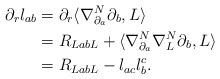
\begin{align*}\partial_r l_{ab} ={}& \partial_r\langle \nabla^N_{\partial_a} \partial_b, L \rangle \\ ={}& R_{LabL} + \langle \nabla^N_{\partial_a} \nabla^N_{L}\partial_b, L \rangle \\ ={}& R_{LabL} -l_{ac} l^c_b.\end{align*}